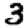
Digit: 3